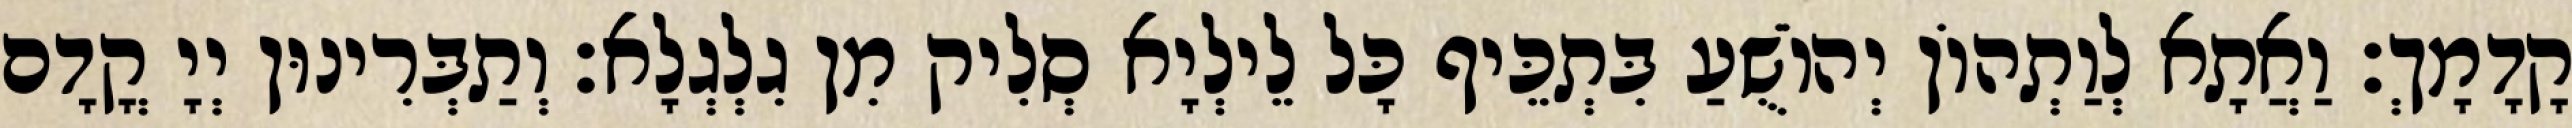
קָדָמָךְ׃ וַאֲתָא לְוַתְהוֹן יְהוֹשֻׁעַ בִּתְכֵּיף כָּל לֵילְיָא סְלִיק מִן גִלְגְלָא׃ וְתַבְּרִינוּן יְיָ קֳדָם